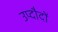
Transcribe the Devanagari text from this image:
उप्दौदों